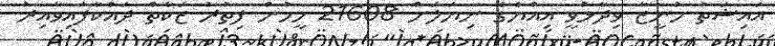
އައިޝަތު މުނީޒާ ވިދާޅުވީ އިއްޔެގެ ނިޔަލަށް 21608 މީހުން ފިތުރު ޒަކާތް ދައްކާފައިވާއިރު